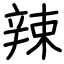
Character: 辣